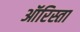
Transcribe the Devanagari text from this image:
ऑरिस्ता